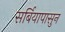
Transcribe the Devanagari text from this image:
सर्बियापासुन